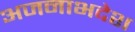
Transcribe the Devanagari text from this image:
अजनाभदेश